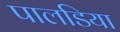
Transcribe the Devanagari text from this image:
पालडिया